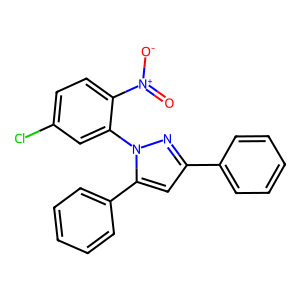
SMILES: O=[N+]([O-])c1ccc(Cl)cc1-n1nc(-c2ccccc2)cc1-c1ccccc1
Inhibits HIV replication: No